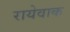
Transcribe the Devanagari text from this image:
रायेवाक